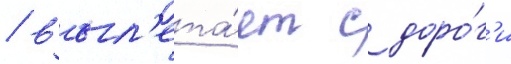
/ выл'ета́ет с доро́г'и